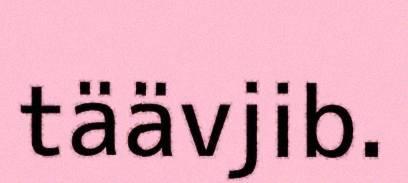
täävjib.